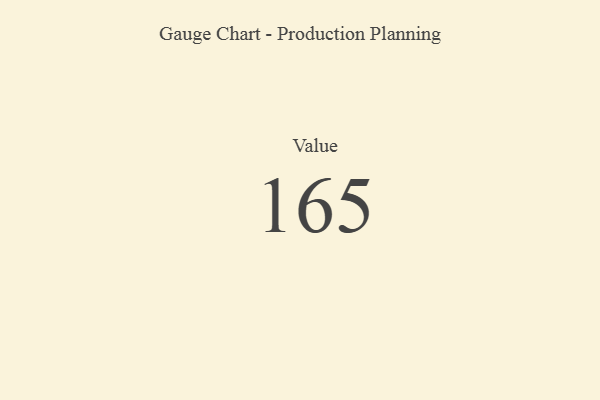
{"axis": {"x": "Metric", "y": "Value"}, "legend": [""], "data": [{"x": "Value", "y": 165, "type": ""}]}